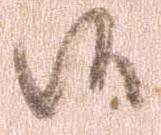
候